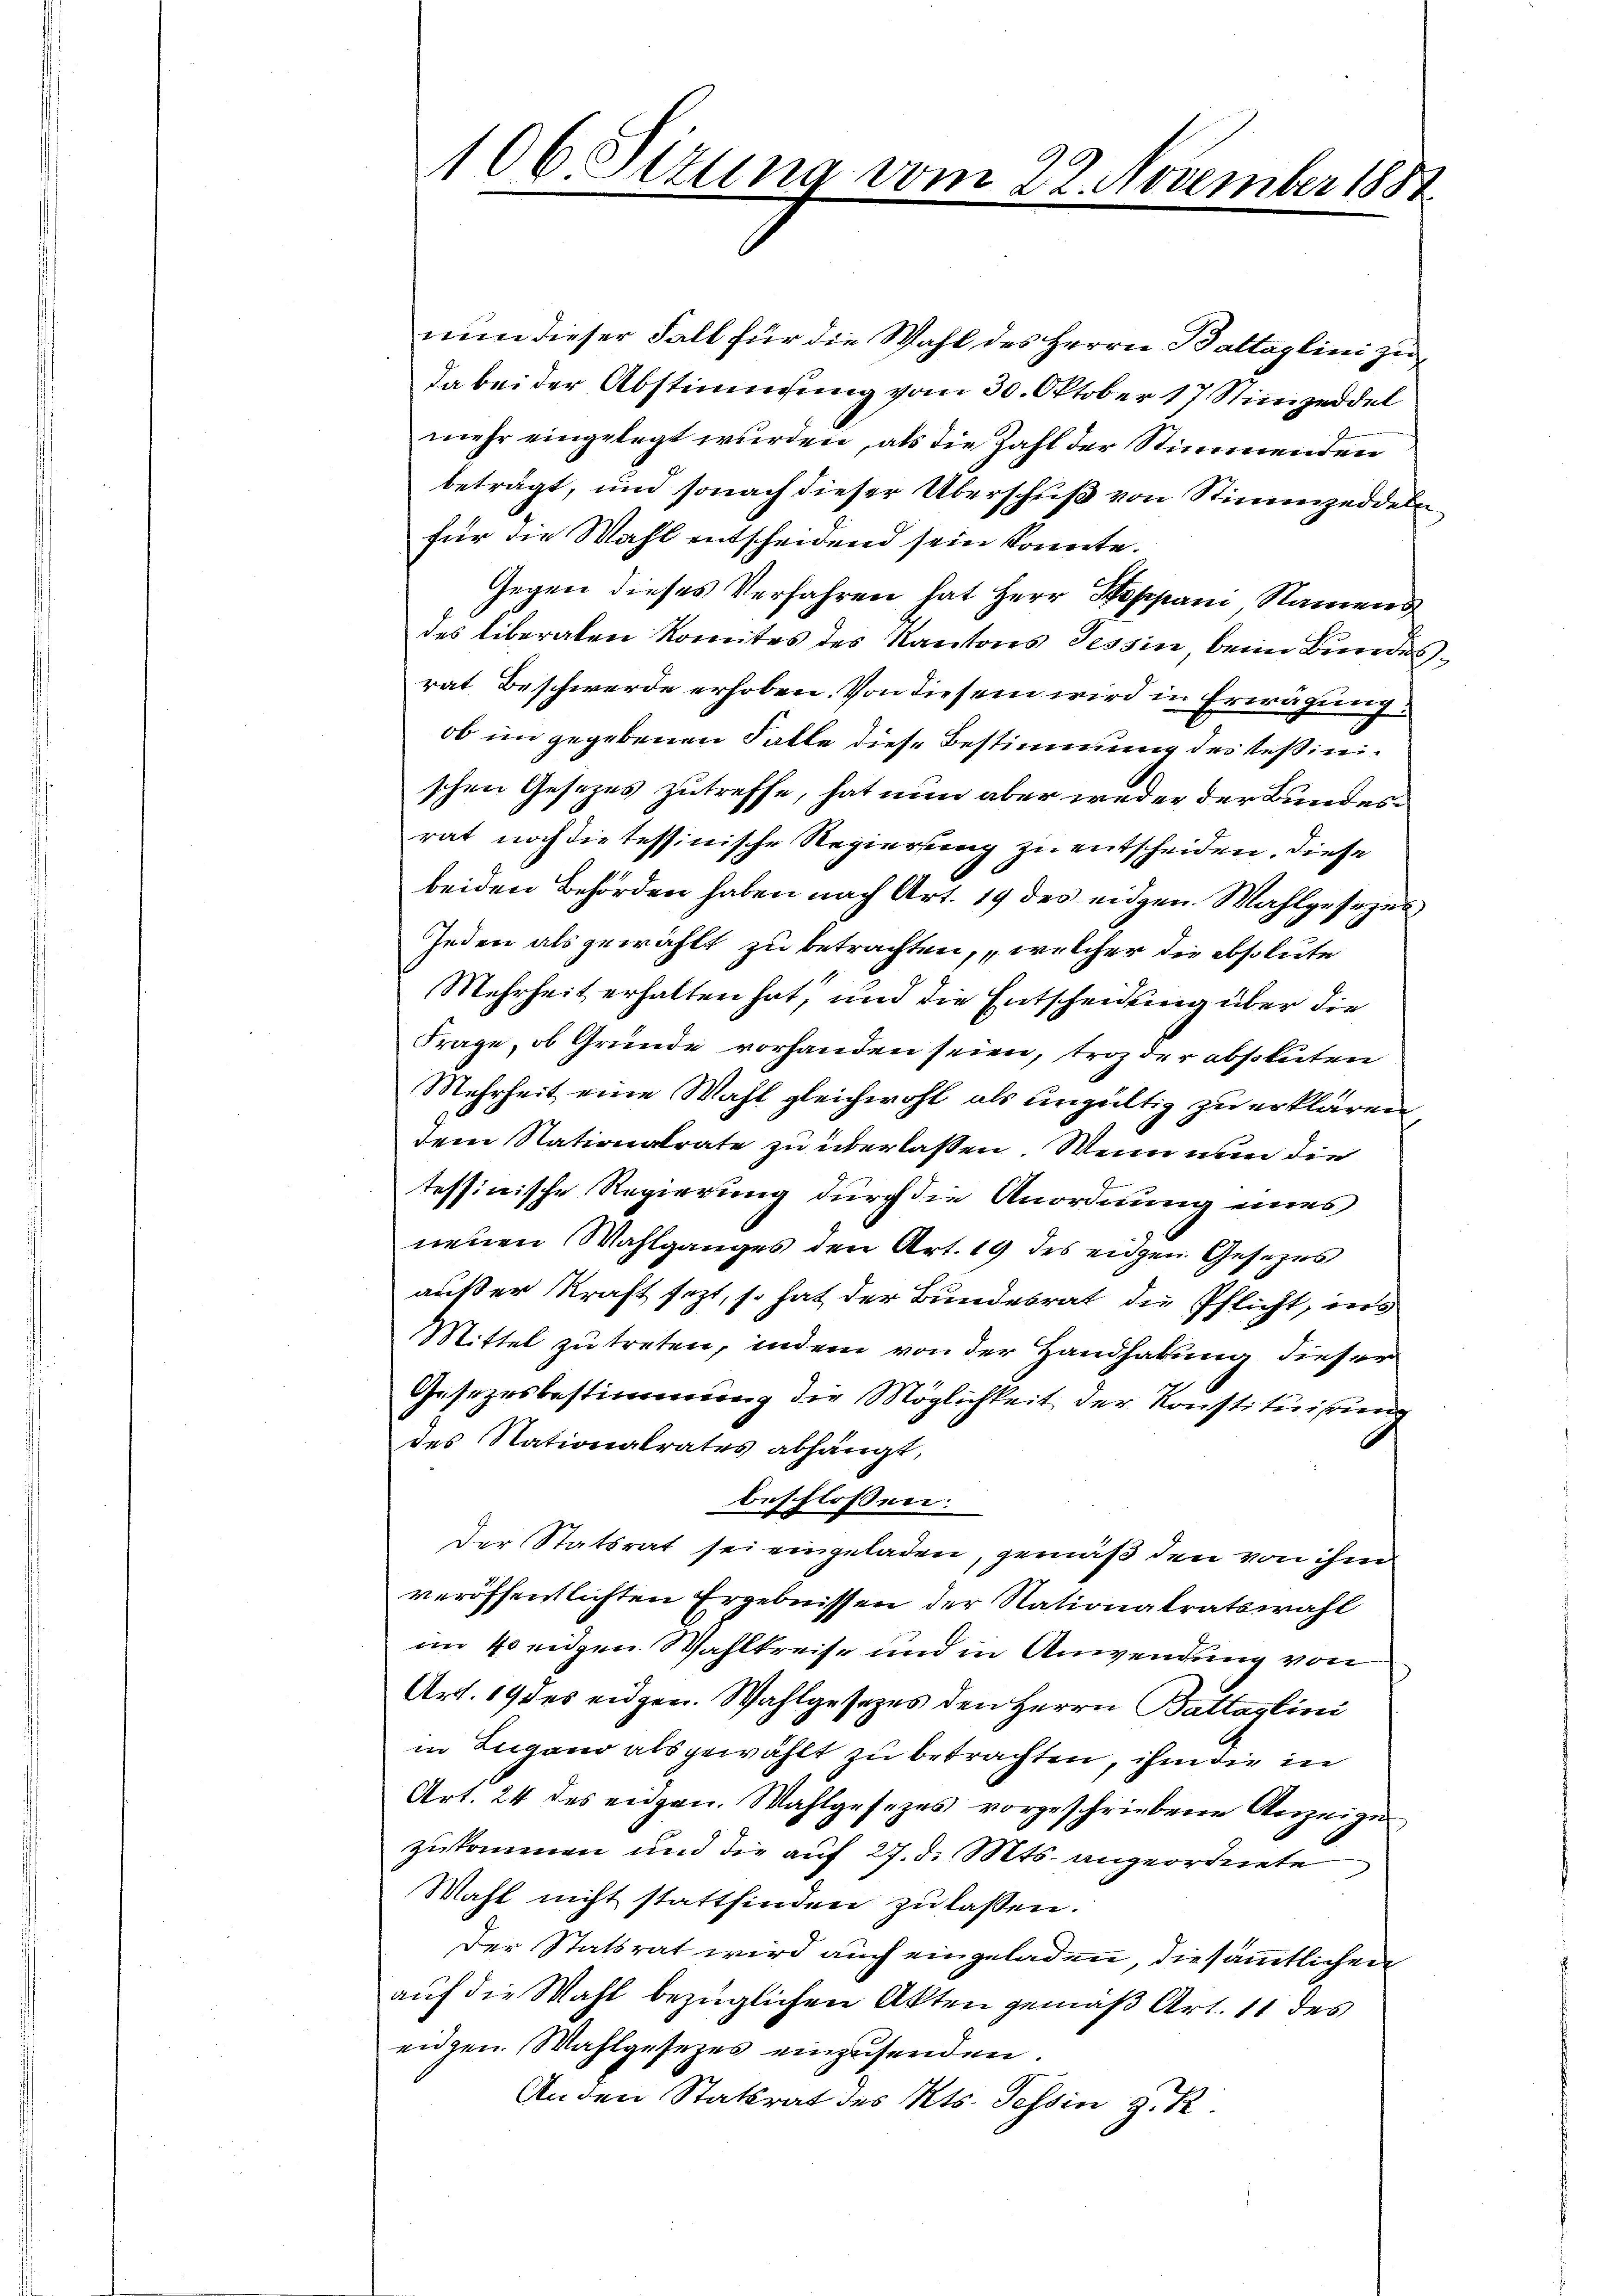
nun dieser Fall für die Wahl des Herrn Battaglini zu
da bei der Abstimmung vom 30. Oktober 17 Stimmzeddel
mehr eingelegt wurden, als die Zahl der Stimmenden
beträgt, und sonach dieser Überschuß von Stimmzeddeln
für die Wahl entscheidend sein konnte.
Gegen dieses Verfahren hat Herr Stoppani Namens
des liberaten Komites des Kantons Tessin beim Bundes,
rat Beschwerde erhoben. Von diesem wird in Erwägung:
ob im gegebenen Falle diese Bestimmung des Tessinischen Gesetzes zutreffe, hat nun aber weder der Bundesrat noch die tessinische Regierung zu entscheiden. Diese
beiden Behörden haben nach Art. 19 des eidgen. Wahlgesezes
Jeden als gewählt zu betrachten, welcher die absolute
Mehrheit erhalten hat, und die Entscheidung über die
Frage, ob Gründe vorhanden seien, troz der absoluten
Mehrheit eine Wahl gleichwohl als ungültig zu erklären
dem Nationalrate zu überlassen. Wenn nun die
tessinische Regierung durch die Anordnung eines
neuen Wahlganges den Art. 19 des eidgen. Gesezes
außer Kraft sezt, so hat der Bundesrat die Pflicht, ins
Mittel zu treten, indem von der Handhabung dieser
Gesezesbestimmung die Möglichkeit der Konstituirung
des Nationalrates abhängt,
beschlossen:
Der Statsrat sei eingeladen, gemäß den von ihm
veröffentlichten Ergebnissen der Nationalratswahl
im 40 eidgen. Wahlkreise und in Anwendung von
Art. 19 des eidgen. Wahlgesetzes den Herrn Battaglini
in Zugano als gewählt zu betrachten, ihm die in
Art. 24 des eidgen. Wahlgesezes vorgeschriebene Anzeiger
zukommen und die auf 27. d. Mts. angeordnete
Wahl nicht stattfinden zu lassen.
Der Statsrat wird auch eingeladen, die sämmtlichen
auf die Wahl bezüglichen Akten gemäß Art. 11 des
eidgen. Wahlgesezes einzusenden.
An den Stattrat des Kts. Tessin z. R.

106 Sizung vom 22. November 1882

2